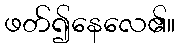
ဖတ်၍နေလေ၏။